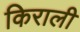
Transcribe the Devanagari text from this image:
किराली